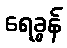
ရေခွန်